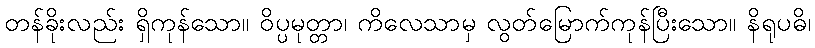
တန်ခိုးလည်း ရှိကုန်သော။ ဝိပ္ပမုတ္တာ၊ ကိလေသာမှ လွတ်မြောက်ကုန်ပြီးသော။ နိရုပဓိ၊